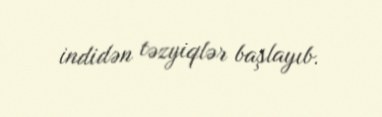
indidən təzyiqlər başlayıb.